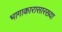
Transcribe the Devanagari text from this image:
भागाकारासारख्या